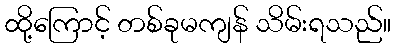
ထို့ကြောင့် တစ်ခုမကျန် သိမ်းရသည်။